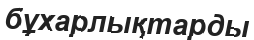
бұхарлықтарды